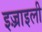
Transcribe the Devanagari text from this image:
इज़्राइली